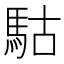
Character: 𩢪